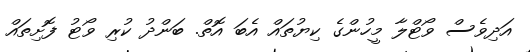
އަދިވެސް ވޯޓްލާ މީހުންގެ ކިޔުތައް އެބަ އޮތް. ބަންދު ކުރި ވޯޓު ފޮށިތައް